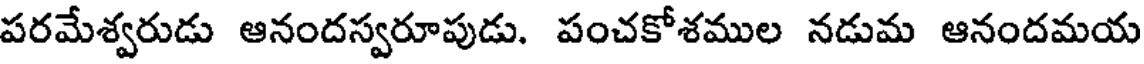
పరమేశ్వరుడు ఆనందస్వరూపుడు. పంచకోశముల నడుమ ఆనందమయ